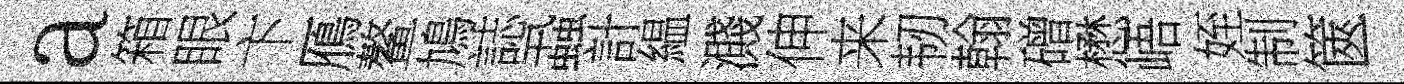
a箱眼卞鴈鳌鳩誌蝨計緼濺伸来韧翰磳懋峿姪制篋